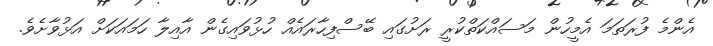
އެންމެ ފުރަތަމަ އެމީހުން މަސައްކަތްކުރީ ރަށުގައި ބޭސްފިހާރައެއް ހުޅުވައިގެން އާއިލާ ހަމައަކަށް އަޅުވާށެވެ.